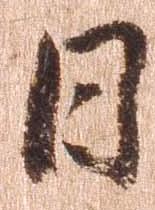
日